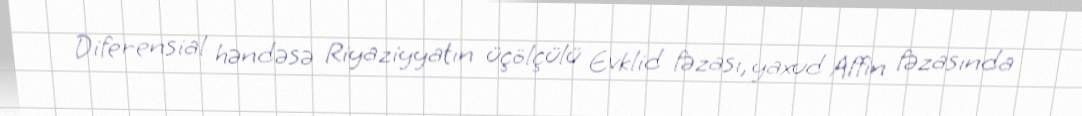
Diferensial həndəsə Riyaziyyatın üçölçülü Evklid fəzası, yaxud Affin fəzasında